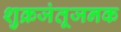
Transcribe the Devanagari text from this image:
शुक्रजंतूजनक